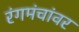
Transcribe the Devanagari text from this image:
रंगमंचांवर